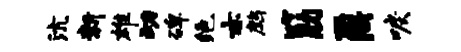
沆新雄动碑绝亦鹧筋鼐唳